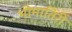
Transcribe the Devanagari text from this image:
भीमातिरीं